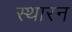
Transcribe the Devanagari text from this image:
स्थारन